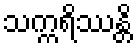
သက္ကရိဿန္တိ